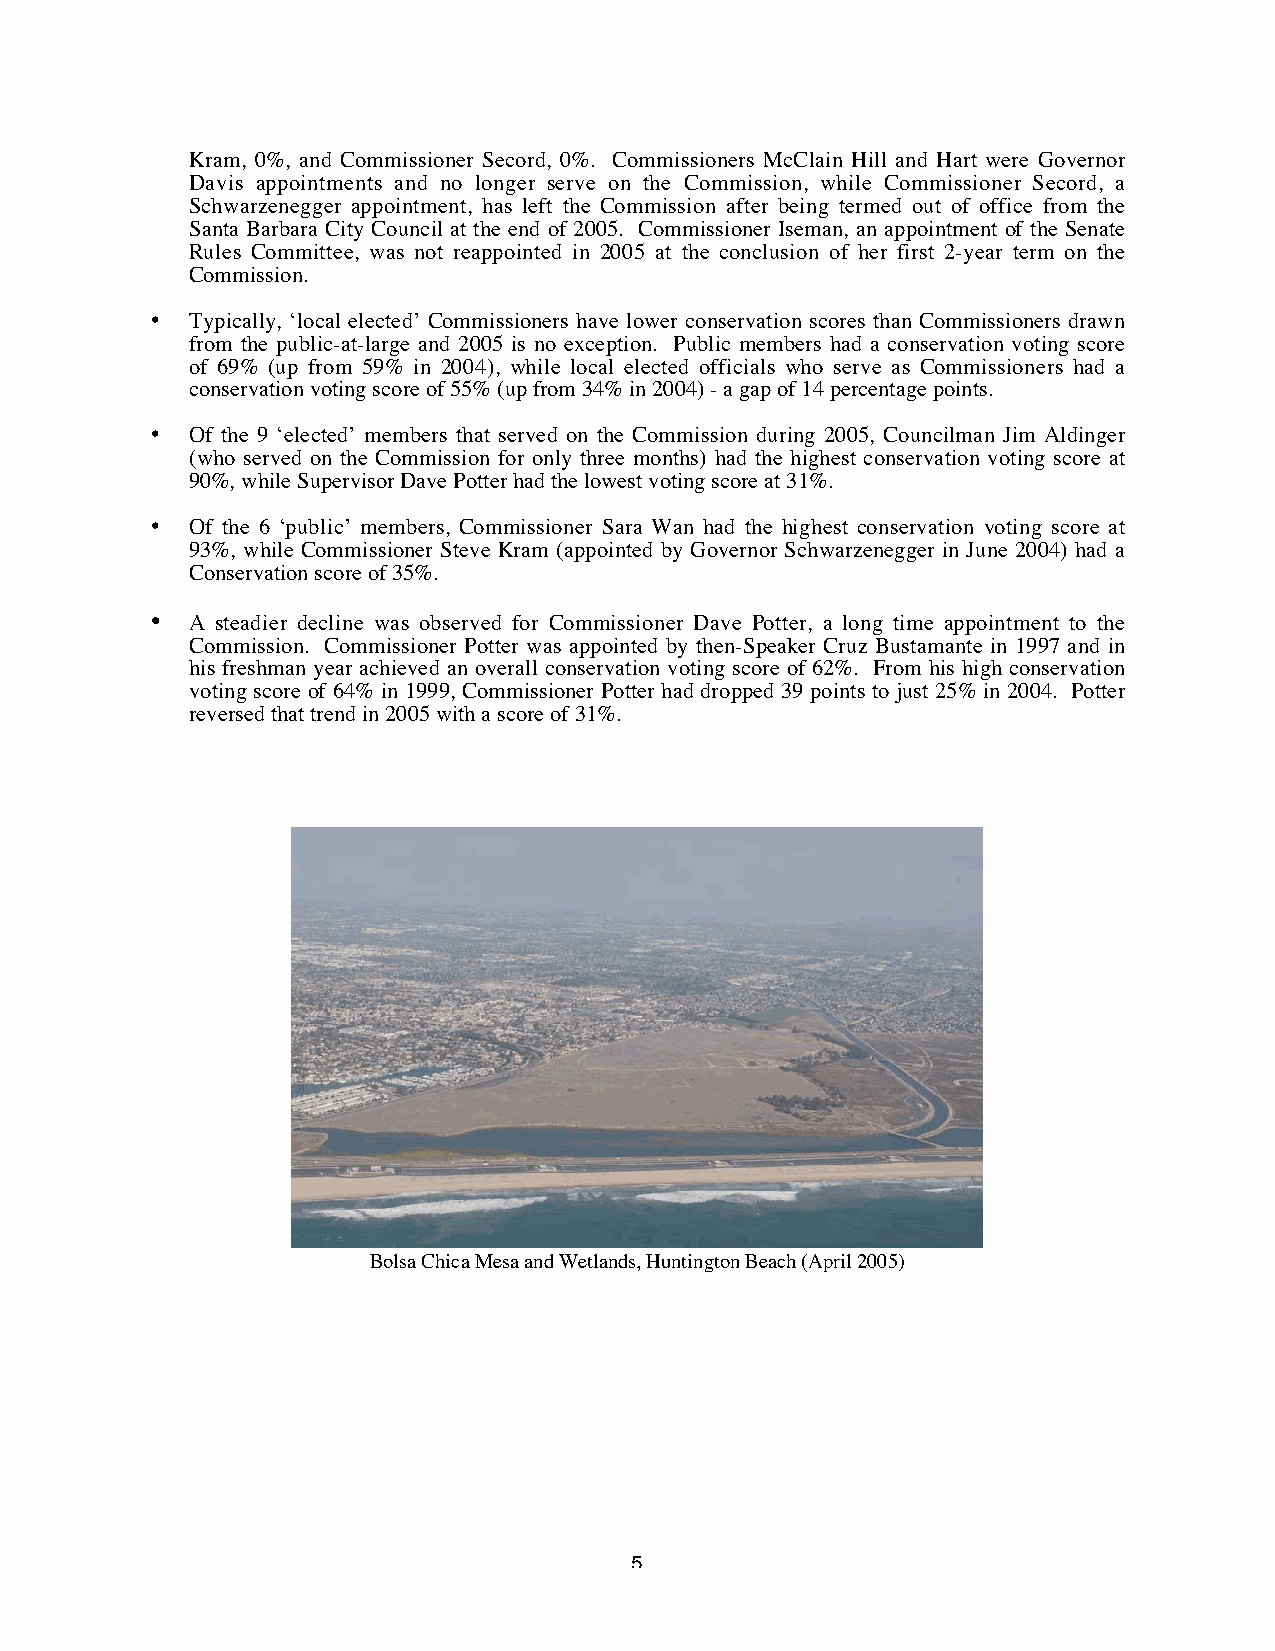
Kram, 0%, and Commissioner Secord, 0%. Commissioners McClain Hill and Hart were Governor
 Davis appointments and no longer serve on the Commission, while Commissioner Secord, a
 Schwarzenegger appointment, has left the Commission after being termed out of office from the
 Santa Barbara City Council at the end of 2005. Commissioner Iseman, an appointment of the Senate
 Rules Committee, was not reappointed in 2005 at the conclusion of her first 2-year term on the
 Commission.
 •  Typically, ‘local elected’ Commissioners have lower conservation scores than Commissioners drawn
 from the public-at-large and 2005 is no exception. Public members had a conservation voting score
 of 69% (up from 59% in 2004), while local elected officials who serve as Commissioners had a
 conservation voting score of 55% (up from 34% in 2004) - a gap of 14 percentage points.
 •  Of the 9 ‘elected’ members that served on the Commission during 2005, Councilman Jim Aldinger
 (who served on the Commission for only three months) had the highest conservation voting score at
 90%, while Supervisor Dave Potter had the lowest voting score at 31%.
 •  Of the 6 ‘public’ members, Commissioner Sara Wan had the highest conservation voting score at
 93%, while Commissioner Steve Kram (appointed by Governor Schwarzenegger in June 2004) had a
 Conservation score of 35%.
 •  A steadier decline was observed for Commissioner Dave Potter, a long time appointment to the
 Commission. Commissioner Potter was appointed by then-Speaker Cruz Bustamante in 1997 and in
 his freshman year achieved an overall conservation voting score of 62%. From his high conservation
 voting score of 64% in 1999, Commissioner Potter had dropped 39 points to just 25% in 2004. Potter
 reversed that trend in 2005 with a score of 31%.
 Bolsa Chica Mesa and Wetlands, Huntington Beach (April 2005)
 5